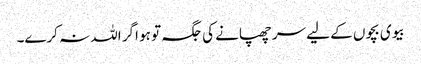
بیوی بچوں کے لیے سر چھپانے کی جگہ تو ہو اگر اللہ نہ کرے۔